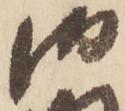
御